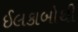
ઈલકાબોથી